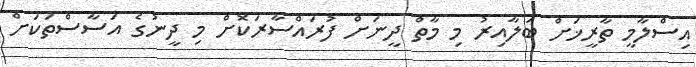
އިސްލާމީ ތާރީޚަށް ބަލާއިރު މި މާތް ދީނަށް ފުރައްސާރަކޮށް މި ދީނުގެ އަސާސްތަކަށް